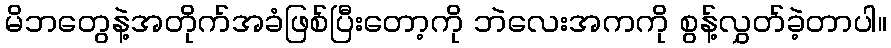
မိဘတွေနဲ့အတိုက်အခံဖြစ်ပြီးတော့ကို ဘဲလေးအကကို စွန့်လွှတ်ခဲ့တာပါ။